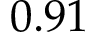
0 . 9 1